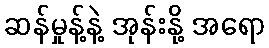
ဆန်မှုန့်နဲ့ အုန်းနို့ အရော